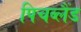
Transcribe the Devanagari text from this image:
पिचब्लैंड